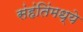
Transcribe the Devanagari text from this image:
संहंतिंमध्ये